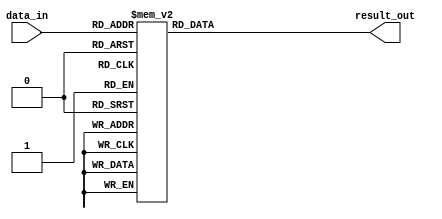
///////////////////////////////////////////////////////////////////////////////
//                 mostafa mahmoud - mostafamhamoud192@gmail.com              //               
//                                                                            //
// Design Name:    Sbox                                                       //
// Project Name:   zero-riscy                                                 //
// Language:       Verilog                                                    //
//                                                                            //
// Description:   replace the number from the table of sbox                   //                                                   
////////////////////////////////////////////////////////////////////////////////

module sbox_replace	
(
input	     [7:0]	data_in    ,
output reg	[7:0]	result_out
);

always@(*)
	case(data_in)
		8'h00:	result_out	<=	8'hd6;
		8'h01:	result_out	<=	8'h90;
		8'h02:	result_out	<=	8'he9;
		8'h03:	result_out	<=	8'hfe;
		8'h04:	result_out	<=	8'hcc;
		8'h05:	result_out	<=	8'he1;
		8'h06:	result_out	<=	8'h3d;
		8'h07:	result_out	<=	8'hb7;
		8'h08:	result_out	<=	8'h16;
		8'h09:	result_out	<=	8'hb6;
		8'h0a:	result_out	<=	8'h14;
		8'h0b:	result_out	<=	8'hc2;
		8'h0c:	result_out	<=	8'h28;
		8'h0d:	result_out	<=	8'hfb;
		8'h0e:	result_out	<=	8'h2c;
		8'h0f:	result_out	<=	8'h05;
		8'h10:	result_out	<=	8'h2b;
		8'h11:	result_out	<=	8'h67;
		8'h12:	result_out	<=	8'h9a;
		8'h13:	result_out	<=	8'h76;
		8'h14:	result_out	<=	8'h2a;
		8'h15:	result_out	<=	8'hbe;
		8'h16:	result_out	<=	8'h04;
		8'h17:	result_out	<=	8'hc3;
		8'h18:	result_out	<=	8'haa;
		8'h19:	result_out	<=	8'h44;
		8'h1a:	result_out	<=	8'h13;
		8'h1b:	result_out	<=	8'h26;
		8'h1c:	result_out	<=	8'h49;
		8'h1d:	result_out	<=	8'h86;
		8'h1e:	result_out	<=	8'h06;
		8'h1f:	result_out	<=	8'h99;
		8'h20:	result_out	<=	8'h9c;
		8'h21:	result_out	<=	8'h42;
		8'h22:	result_out	<=	8'h50;
		8'h23:	result_out	<=	8'hf4;
		8'h24:	result_out	<=	8'h91;
		8'h25:	result_out	<=	8'hef;
		8'h26:	result_out	<=	8'h98;
		8'h27:	result_out	<=	8'h7a;
		8'h28:	result_out	<=	8'h33;
		8'h29:	result_out	<=	8'h54;
		8'h2a:	result_out	<=	8'h0b;
		8'h2b:	result_out	<=	8'h43;
		8'h2c:	result_out	<=	8'hed;
		8'h2d:	result_out	<=	8'hcf;
		8'h2e:	result_out	<=	8'hac;
		8'h2f:	result_out	<=	8'h62;
		8'h30:	result_out	<=	8'he4;
		8'h31:	result_out	<=	8'hb3;
		8'h32:	result_out	<=	8'h1c;
		8'h33:	result_out	<=	8'ha9;
		8'h34:	result_out	<=	8'hc9;
		8'h35:	result_out	<=	8'h08;
		8'h36:	result_out	<=	8'he8;
		8'h37:	result_out	<=	8'h95;
		8'h38:	result_out	<=	8'h80;
		8'h39:	result_out	<=	8'hdf;
		8'h3a:	result_out	<=	8'h94;
		8'h3b:	result_out	<=	8'hfa;
		8'h3c:	result_out	<=	8'h75;
		8'h3d:	result_out	<=	8'h8f;
		8'h3e:	result_out	<=	8'h3f;
		8'h3f:	result_out	<=	8'ha6;
		8'h40:	result_out	<=	8'h47;
		8'h41:	result_out	<=	8'h07;
		8'h42:	result_out	<=	8'ha7;
		8'h43:	result_out	<=	8'hfc;
		8'h44:	result_out	<=	8'hf3;
		8'h45:	result_out	<=	8'h73;
		8'h46:	result_out	<=	8'h17;
		8'h47:	result_out	<=	8'hba;
		8'h48:	result_out	<=	8'h83;
		8'h49:	result_out	<=	8'h59;
		8'h4a:	result_out	<=	8'h3c;
		8'h4b:	result_out	<=	8'h19;
		8'h4c:	result_out	<=	8'he6;
		8'h4d:	result_out	<=	8'h85;
		8'h4e:	result_out	<=	8'h4f;
		8'h4f:	result_out	<=	8'ha8;
		8'h50:	result_out	<=	8'h68;
		8'h51:	result_out	<=	8'h6b;
		8'h52:	result_out	<=	8'h81;
		8'h53:	result_out	<=	8'hb2;
		8'h54:	result_out	<=	8'h71;
		8'h55:	result_out	<=	8'h64;
		8'h56:	result_out	<=	8'hda;
		8'h57:	result_out	<=	8'h8b;
		8'h58:	result_out	<=	8'hf8;
		8'h59:	result_out	<=	8'heb;
		8'h5a:	result_out	<=	8'h0f;
		8'h5b:	result_out	<=	8'h4b;
		8'h5c:	result_out	<=	8'h70;
		8'h5d:	result_out	<=	8'h56;
		8'h5e:	result_out	<=	8'h9d;
		8'h5f:	result_out	<=	8'h35;
		8'h60:	result_out	<=	8'h1e;
		8'h61:	result_out	<=	8'h24;
		8'h62:	result_out	<=	8'h0e;
		8'h63:	result_out	<=	8'h5e;
		8'h64:	result_out	<=	8'h63;
		8'h65:	result_out	<=	8'h58;
		8'h66:	result_out	<=	8'hd1;
		8'h67:	result_out	<=	8'ha2;
		8'h68:	result_out	<=	8'h25;
		8'h69:	result_out	<=	8'h22;
		8'h6a:	result_out	<=	8'h7c;
		8'h6b:	result_out	<=	8'h3b;
		8'h6c:	result_out	<=	8'h01;
		8'h6d:	result_out	<=	8'h21;
		8'h6e:	result_out	<=	8'h78;
		8'h6f:	result_out	<=	8'h87;
		8'h70:	result_out	<=	8'hd4;
		8'h71:	result_out	<=	8'h00;
		8'h72:	result_out	<=	8'h46;
		8'h73:	result_out	<=	8'h57;
		8'h74:	result_out	<=	8'h9f;
		8'h75:	result_out	<=	8'hd3;
		8'h76:	result_out	<=	8'h27;
		8'h77:	result_out	<=	8'h52;
		8'h78:	result_out	<=	8'h4c;
		8'h79:	result_out	<=	8'h36;
		8'h7a:	result_out	<=	8'h02;
		8'h7b:	result_out	<=	8'he7;
		8'h7c:	result_out	<=	8'ha0;
		8'h7d:	result_out	<=	8'hc4;
		8'h7e:	result_out	<=	8'hc8;
		8'h7f:	result_out	<=	8'h9e;
		8'h80:	result_out	<=	8'hea;
		8'h81:	result_out	<=	8'hbf;
		8'h82:	result_out	<=	8'h8a;
		8'h83:	result_out	<=	8'hd2;
		8'h84:	result_out	<=	8'h40;
		8'h85:	result_out	<=	8'hc7;
		8'h86:	result_out	<=	8'h38;
		8'h87:	result_out	<=	8'hb5;
		8'h88:	result_out	<=	8'ha3;
		8'h89:	result_out	<=	8'hf7;
		8'h8a:	result_out	<=	8'hf2;
		8'h8b:	result_out	<=	8'hce;
		8'h8c:	result_out	<=	8'hf9;
		8'h8d:	result_out	<=	8'h61;
		8'h8e:	result_out	<=	8'h15;
		8'h8f:	result_out	<=	8'ha1;
		8'h90:	result_out	<=	8'he0;
		8'h91:	result_out	<=	8'hae;
		8'h92:	result_out	<=	8'h5d;
		8'h93:	result_out	<=	8'ha4;
		8'h94:	result_out	<=	8'h9b;
		8'h95:	result_out	<=	8'h34;
		8'h96:	result_out	<=	8'h1a;
		8'h97:	result_out	<=	8'h55;
		8'h98:	result_out	<=	8'had;
		8'h99:	result_out	<=	8'h93;
		8'h9a:	result_out	<=	8'h32;
		8'h9b:	result_out	<=	8'h30;
		8'h9c:	result_out	<=	8'hf5;
		8'h9d:	result_out	<=	8'h8c;
		8'h9e:	result_out	<=	8'hb1;
		8'h9f:	result_out	<=	8'he3;
		8'ha0:	result_out	<=	8'h1d;
		8'ha1:	result_out	<=	8'hf6;
		8'ha2:	result_out	<=	8'he2;
		8'ha3:	result_out	<=	8'h2e;
		8'ha4:	result_out	<=	8'h82;
		8'ha5:	result_out	<=	8'h66;
		8'ha6:	result_out	<=	8'hca;
		8'ha7:	result_out	<=	8'h60;
		8'ha8:	result_out	<=	8'hc0;
		8'ha9:	result_out	<=	8'h29;
		8'haa:	result_out	<=	8'h23;
		8'hab:	result_out	<=	8'hab;
		8'hac:	result_out	<=	8'h0d;
		8'had:	result_out	<=	8'h53;
		8'hae:	result_out	<=	8'h4e;
		8'haf:	result_out	<=	8'h6f;
		8'hb0:	result_out	<=	8'hd5;
		8'hb1:	result_out	<=	8'hdb;
		8'hb2:	result_out	<=	8'h37;
		8'hb3:	result_out	<=	8'h45;
		8'hb4:	result_out	<=	8'hde;
		8'hb5:	result_out	<=	8'hfd;
		8'hb6:	result_out	<=	8'h8e;
		8'hb7:	result_out	<=	8'h2f;
		8'hb8:	result_out	<=	8'h03;
		8'hb9:	result_out	<=	8'hff;
		8'hba:	result_out	<=	8'h6a;
		8'hbb:	result_out	<=	8'h72;
		8'hbc:	result_out	<=	8'h6d;
		8'hbd:	result_out	<=	8'h6c;
		8'hbe:	result_out	<=	8'h5b;
		8'hbf:	result_out	<=	8'h51;
		8'hc0:	result_out	<=	8'h8d;
		8'hc1:	result_out	<=	8'h1b;
		8'hc2:	result_out	<=	8'haf;
		8'hc3:	result_out	<=	8'h92;
		8'hc4:	result_out	<=	8'hbb;
		8'hc5:	result_out	<=	8'hdd;
		8'hc6:	result_out	<=	8'hbc;
		8'hc7:	result_out	<=	8'h7f;
		8'hc8:	result_out	<=	8'h11;
		8'hc9:	result_out	<=	8'hd9;
		8'hca:	result_out	<=	8'h5c;
		8'hcb:	result_out	<=	8'h41;
		8'hcc:	result_out	<=	8'h1f;
		8'hcd:	result_out	<=	8'h10;
		8'hce:	result_out	<=	8'h5a;
		8'hcf:	result_out	<=	8'hd8;
		8'hd0:	result_out	<=	8'h0a;
		8'hd1:	result_out	<=	8'hc1;
		8'hd2:	result_out	<=	8'h31;
		8'hd3:	result_out	<=	8'h88;
		8'hd4:	result_out	<=	8'ha5;
		8'hd5:	result_out	<=	8'hcd;
		8'hd6:	result_out	<=	8'h7b;
		8'hd7:	result_out	<=	8'hbd;
		8'hd8:	result_out	<=	8'h2d;
		8'hd9:	result_out	<=	8'h74;
		8'hda:	result_out	<=	8'hd0;
		8'hdb:	result_out	<=	8'h12;
		8'hdc:	result_out	<=	8'hb8;
		8'hdd:	result_out	<=	8'he5;
		8'hde:	result_out	<=	8'hb4;
		8'hdf:	result_out	<=	8'hb0;
		8'he0:	result_out	<=	8'h89;
		8'he1:	result_out	<=	8'h69;
		8'he2:	result_out	<=	8'h97;
		8'he3:	result_out	<=	8'h4a;
		8'he4:	result_out	<=	8'h0c;
		8'he5:	result_out	<=	8'h96;
		8'he6:	result_out	<=	8'h77;
		8'he7:	result_out	<=	8'h7e;
		8'he8:	result_out	<=	8'h65;
		8'he9:	result_out	<=	8'hb9;
		8'hea:	result_out	<=	8'hf1;
		8'heb:	result_out	<=	8'h09;
		8'hec:	result_out	<=	8'hc5;
		8'hed:	result_out	<=	8'h6e;
		8'hee:	result_out	<=	8'hc6;
		8'hef:	result_out	<=	8'h84;
		8'hf0:	result_out	<=	8'h18;
		8'hf1:	result_out	<=	8'hf0;
		8'hf2:	result_out	<=	8'h7d;
		8'hf3:	result_out	<=	8'hec;
		8'hf4:	result_out	<=	8'h3a;
		8'hf5:	result_out	<=	8'hdc;
		8'hf6:	result_out	<=	8'h4d;
		8'hf7:	result_out	<=	8'h20;
		8'hf8:	result_out	<=	8'h79;
		8'hf9:	result_out	<=	8'hee;
		8'hfa:	result_out	<=	8'h5f;
		8'hfb:	result_out	<=	8'h3e;
		8'hfc:	result_out	<=	8'hd7;
		8'hfd:	result_out	<=	8'hcb;
		8'hfe:	result_out	<=	8'h39;
		8'hff:	result_out	<=	8'h48;
	endcase

endmodule